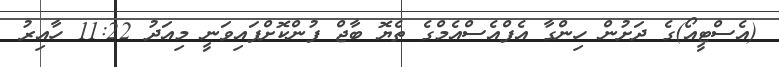
(އެސްޓީއޯ)ގެ ދަށުން ހިންގާ އެފްއެސްއެމްގެ ތެޔޮ ބާޖް ފުންކޮށްފައިވަނީ މިއަދު 11:22 ހާއިރު